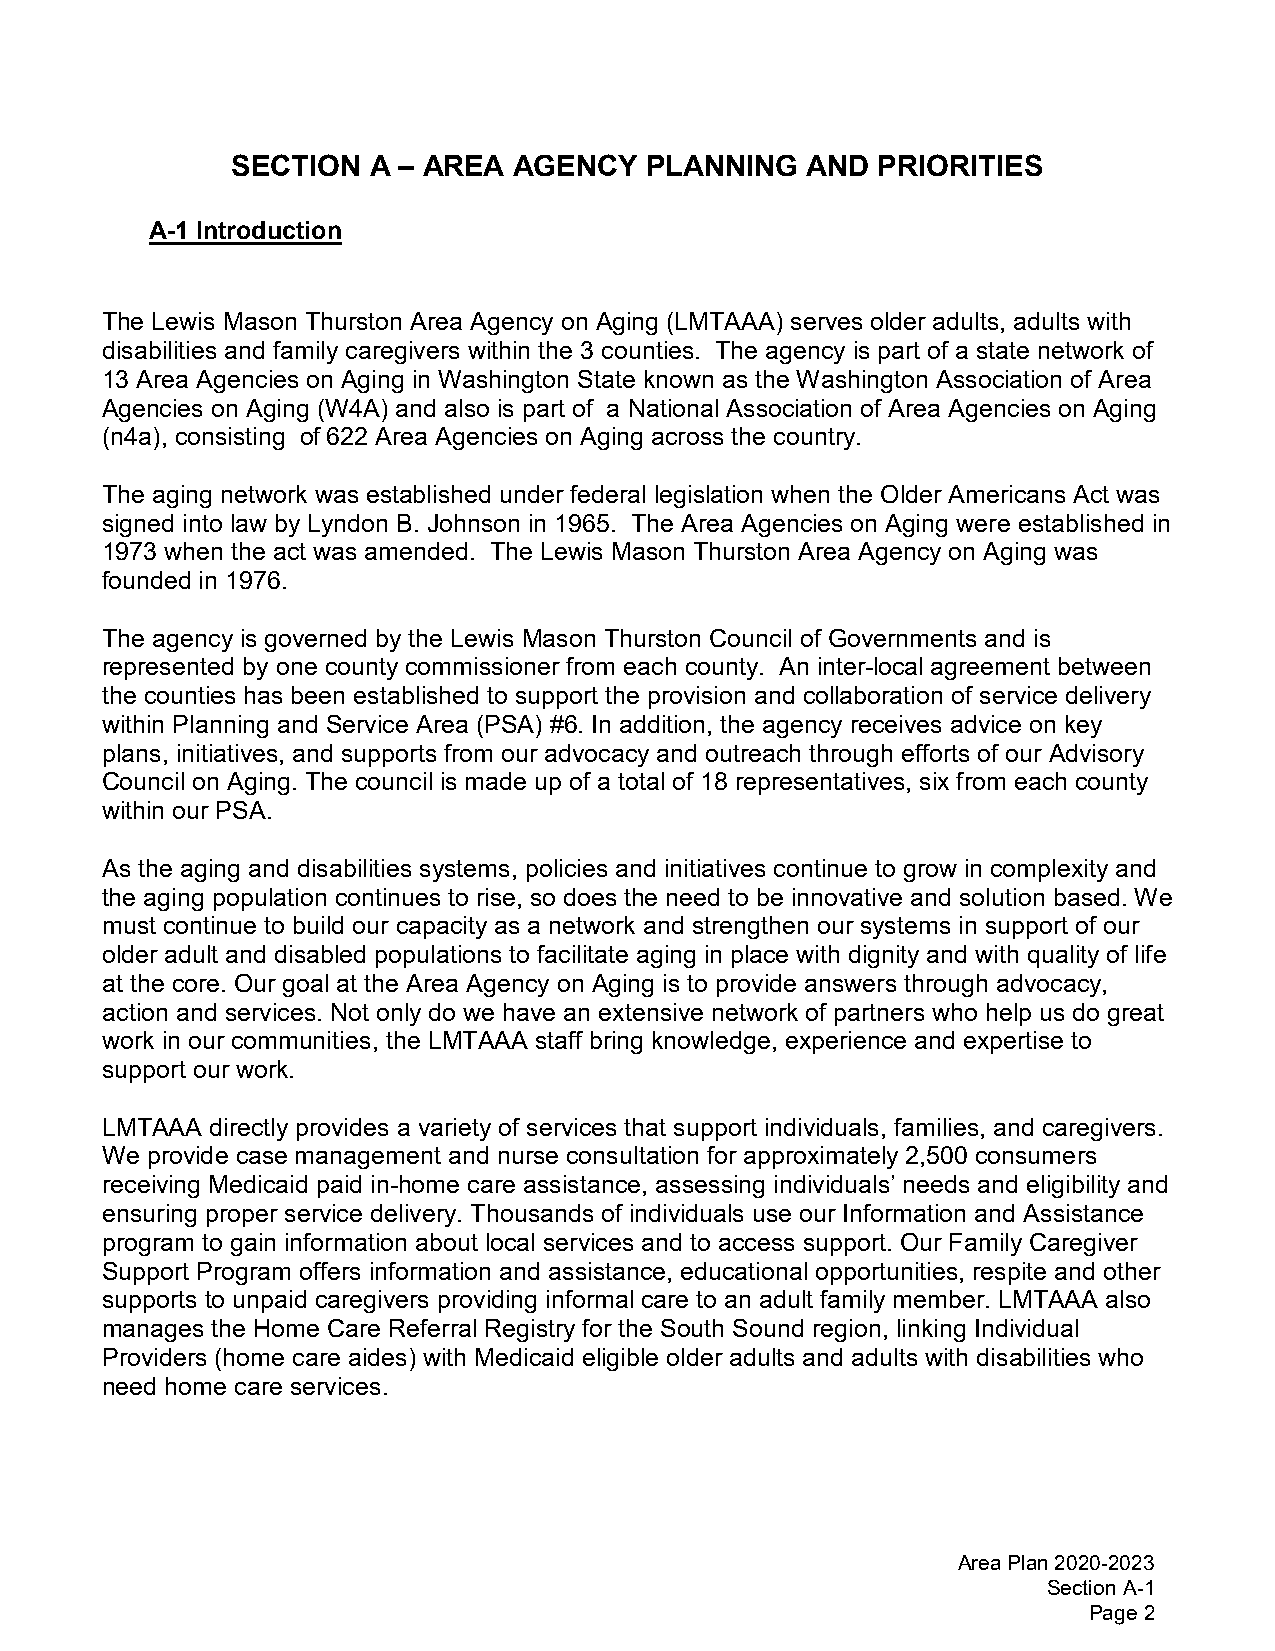
SECTION  A – AREA  AGENCY   PLANNING  AND  PRIORITIES
 A-1 Introduction
 The Lewis Mason Thurston Area Agency on Aging (LMTAAA) serves older adults, adults with
 disabilities and family caregivers within the 3 counties. The agency is part of a state network of
 13 Area Agencies on Aging in Washington State known as the Washington Association of Area
 Agencies on Aging (W4A) and also is part of a National Association of Area Agencies on Aging
 (n4a), consisting of 622 Area Agencies on Aging across the country.
 The aging network was established under federal legislation when the Older Americans Act was
 signed into law by Lyndon B. Johnson in 1965. The Area Agencies on Aging were established in
 1973 when the act was amended. The Lewis Mason Thurston Area Agency on Aging was
 founded in 1976.
 The agency is governed by the Lewis Mason Thurston Council of Governments and is
 represented by one county commissioner from each county. An inter-local agreement between
 the counties has been established to support the provision and collaboration of service delivery
 within Planning and Service Area (PSA) #6. In addition, the agency receives advice on key
 plans, initiatives, and supports from our advocacy and outreach through efforts of our Advisory
 Council on Aging. The council is made up of a total of 18 representatives, six from each county
 within our PSA.
 As the aging and disabilities systems, policies and initiatives continue to grow in complexity and
 the aging population continues to rise, so does the need to be innovative and solution based. We
 must continue to build our capacity as a network and strengthen our systems in support of our
 older adult and disabled populations to facilitate aging in place with dignity and with quality of life
 at the core. Our goal at the Area Agency on Aging is to provide answers through advocacy,
 action and services. Not only do we have an extensive network of partners who help us do great
 work in our communities, the LMTAAA staff bring knowledge, experience and expertise to
 support our work.
 LMTAAA directly provides a variety of services that support individuals, families, and caregivers.
 We provide case management and nurse consultation for approximately 2,500 consumers
 receiving Medicaid paid in-home care assistance, assessing individuals’ needs and eligibility and
 ensuring proper service delivery. Thousands of individuals use our Information and Assistance
 program to gain information about local services and to access support. Our Family Caregiver
 Support Program offers information and assistance, educational opportunities, respite and other
 supports to unpaid caregivers providing informal care to an adult family member. LMTAAA also
 manages the Home Care Referral Registry for the South Sound region, linking Individual
 Providers (home care aides) with Medicaid eligible older adults and adults with disabilities who
 need home care services.
 Area Plan 2020-2023
 Section A-1
 Page 2